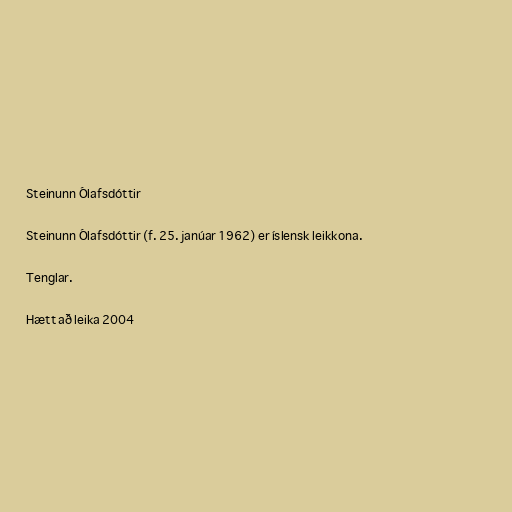
Steinunn Ólafsdóttir

Steinunn Ólafsdóttir (f. 25. janúar 1962) er íslensk leikkona.

Tenglar.

Hætt að leika 2004